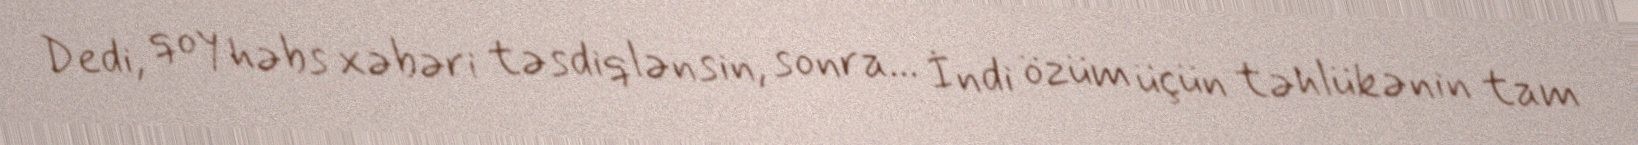
Dedi, qoy həbs xəbəri təsdiqlənsin, sonra... İndi özüm üçün təhlükənin tam